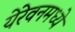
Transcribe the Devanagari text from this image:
येरेवनमध्ये